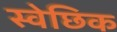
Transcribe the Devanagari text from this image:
स्वेछिक